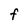
Character: F